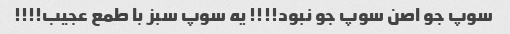
سوپ جو اصن سوپ جو نبود!!!! یه سوپ سبز با طمع عجیب!!!!